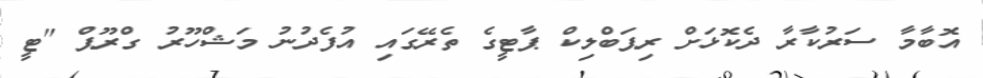
އޮބާމާ ސަރުކާރާ ދެކޮޅަށް ރިޕަބްލިކް ޕާޓީގެ ތެރޭގައި އުފެދުނު މަޝްހޫރު ގްރޫޕް "ޓީ